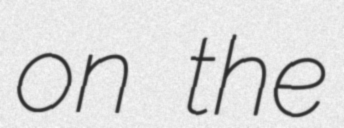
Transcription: on the